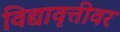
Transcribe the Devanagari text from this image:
विद्यावृत्तीवर